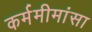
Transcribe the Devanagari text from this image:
कर्ममीमांसा